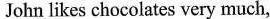
John likes chocolates very much,